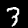
Label: 3